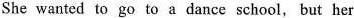
She wanted to go to a dance school, but her